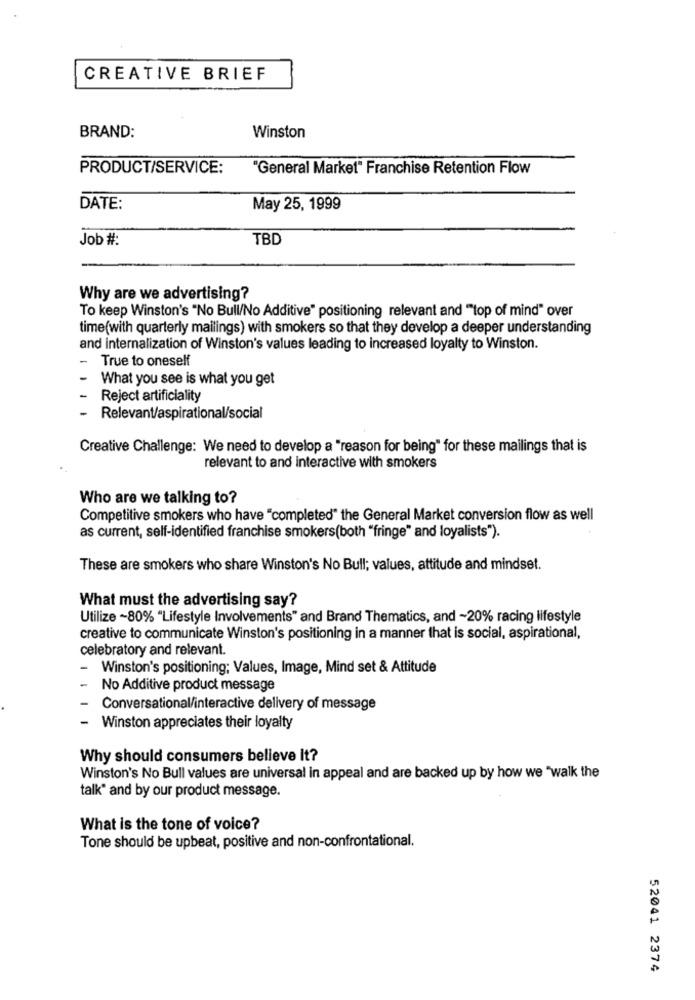
CREATIVE BRIEF
BRAND:
Winston
PRODUCT/SERVICE:
"General Market" Franchise Retention Flow
DATE:
May 25, 1999
Job #:
TBD
Why are we advertising?
To keep Winston's "No Bull/No Additive" positioning relevant and ""top of mind" over
time(with quarterly mailings) with smokers so that they develop a deeper understanding
and internalization of Winston's values leading to increased loyalty to Winston.
True to oneself
What you see is what you get
Reject artificiality
-
Relevant/aspirational/social
Creative Challenge: We need to develop a "reason for being" for these mailings that is
relevant to and interactive with smokers
Who are we talking to?
Competitive smokers who have "completed" the General Market conversion flow as well
as current, self-identified franchise smokers(both "fringe" and loyalists").
These are smokers who share Winston's No Bull; values, attitude and mindset.
What must the advertising say?
Utilize -80% "Lifestyle Involvements" and Brand Thematics, and ~20% racing lifestyle
creative to communicate Winston's positioning in a manner that is social, aspirational,
celebratory and relevant.
Winston's positioning; Values, Image, Mind set & Attitude
No Additive product message
Conversational/interactive delivery of message
Winston appreciates their loyalty
Why should consumers believe it?
Winston's No Bull values are universal in appeal and are backed up by how we "walk the
talk" and by our product message.
What is the tone of voice?
Tone should be upbeat, positive and non-confrontational.
52041 2374